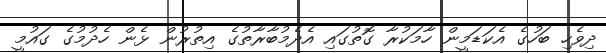
ދިވެހި ބަހުގެ އެކަޑަމީން ހާމަކުރާ ގޮތުގައި އެދެމުބާރާތުގެ އިތުރުން ޅެން ހެދުމުގެ ގައުމީ